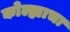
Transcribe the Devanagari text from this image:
कोल्ह्याचा